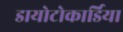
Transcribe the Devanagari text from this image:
डायोटोकार्डिया